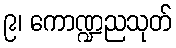
၉၊ ကောဏ္ဍညသုတ်